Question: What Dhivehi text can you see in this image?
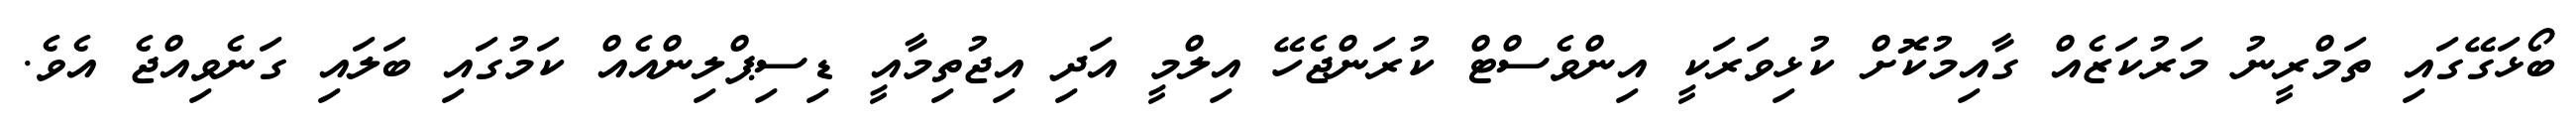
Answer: ބޯޅަގޭގައި ތަމްރީނު މަރުކަޒެއް ގާއިމުކޮށް ކުޅިވަރަކީ އިންވެސްޓް ކުރަންޖެހޭ އިލްމީ އަދި އިޖުތިމާއީ ޑިސިޕްލިންއެއް ކަމުގައި ބަލައި ގަނެވިއްޖެ އެވެ.